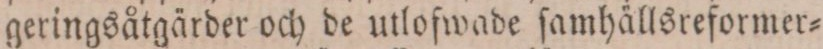
geringsåtgärder och de utlofwade ſamhällsreformer=